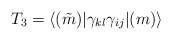
\begin{align*}T_3 =\langle (\tilde{m})|\gamma_{kl}\gamma_{ij}| (m)\rangle\end{align*}